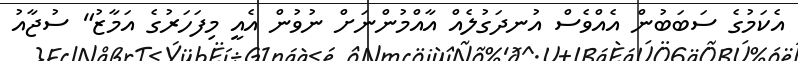
އެކަމުގެ ސަބަބުން އެއްވެސް އުނދަގުލެއް އާއްމުންނަށް ނުވުން އެއީ މިފަހަރުގެ އަމާޒު" ސުުޖާއު